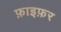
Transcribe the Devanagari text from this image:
फ़ाइफ़र